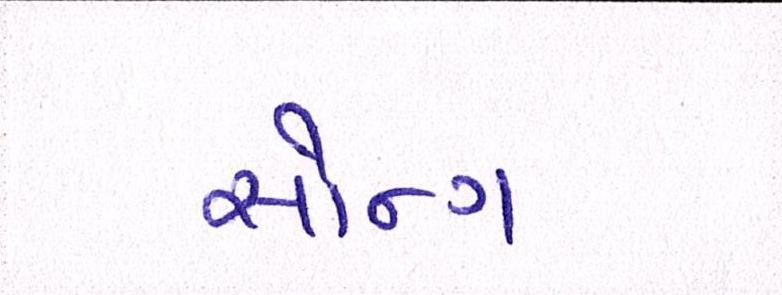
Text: સૉન્ગ